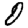
Digit: 0